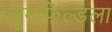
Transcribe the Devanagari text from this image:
ब्लूमफिल्डला